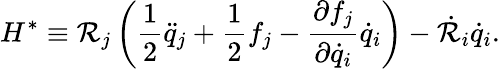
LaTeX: H^{*}\equiv\mathcal{R}_{j}\left(\frac{1}{2}\ddot{q}_{j}+\frac{1}{2}f_{j}-\frac{\partial f_{j}}{\partial\dot{q}_{i}}\dot{q}_{i}\right)-\dot{\mathcal{R}}_{i}\dot{q}_{i}.